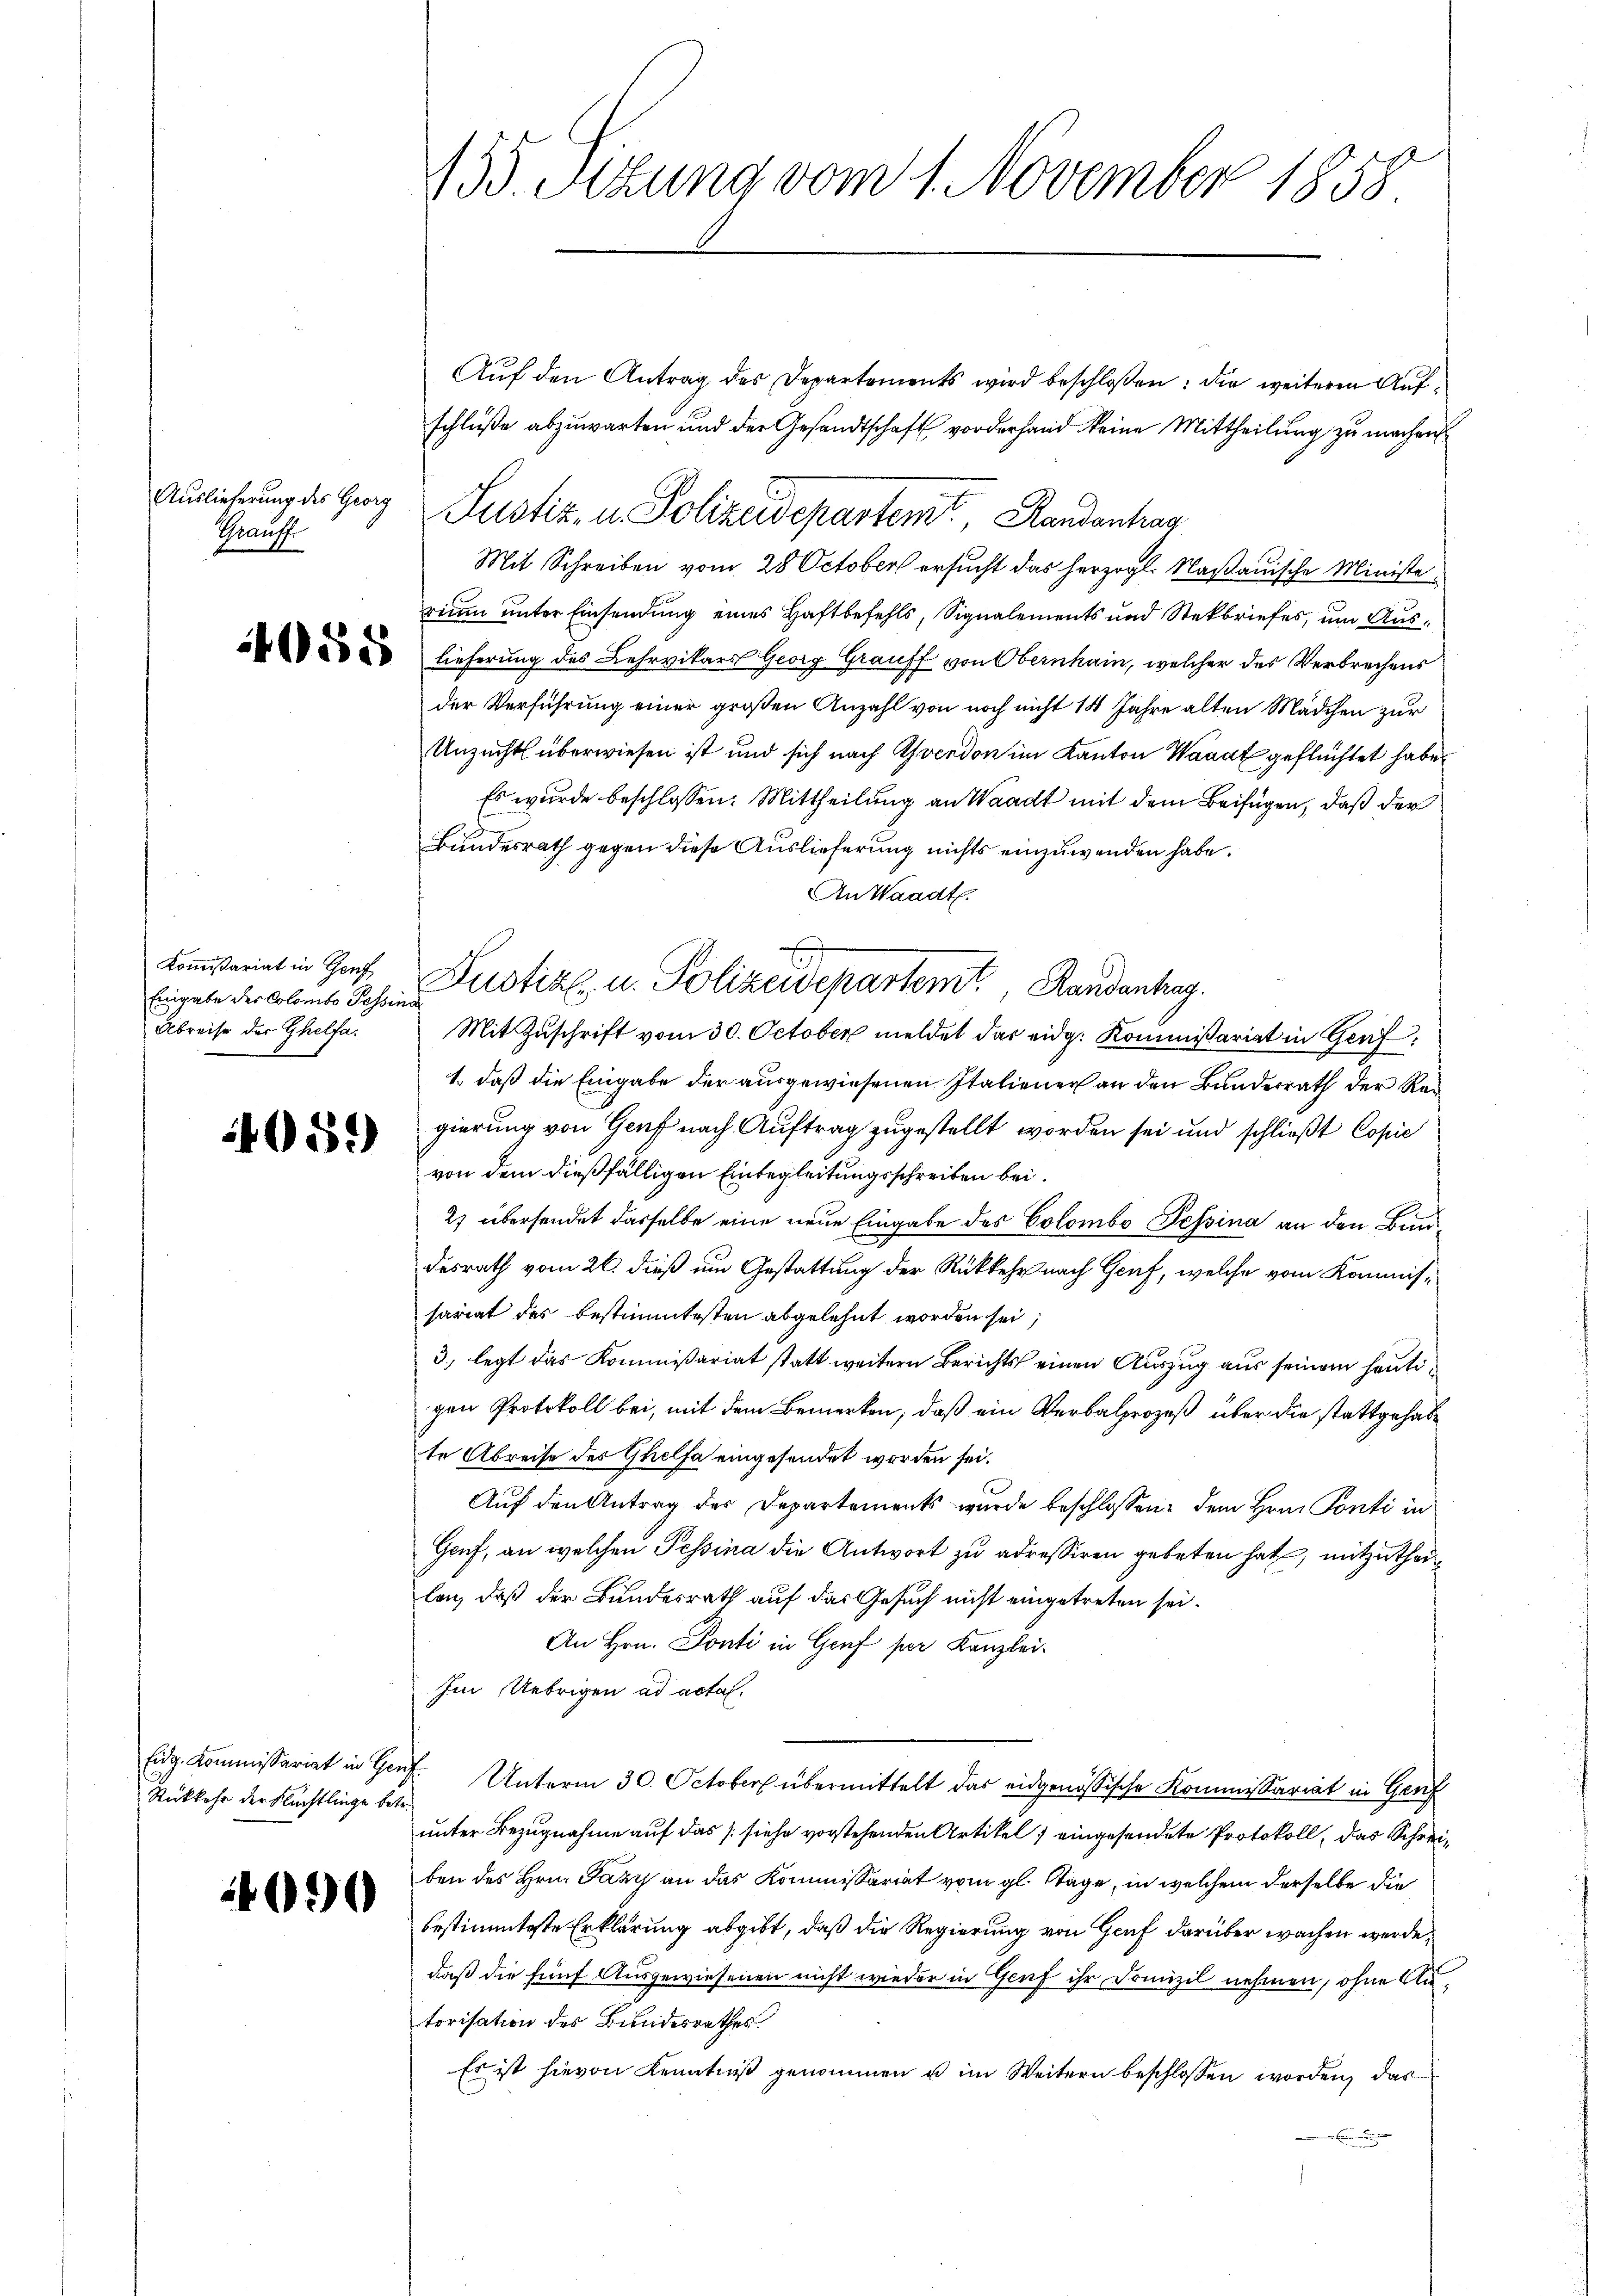
Auslieferung des Georg
Ghrauff

Eingabe des Colombo Tessina
Abreise der Ghelfa

05.)

Rückkehr der Flüchtlinge betr.

1090

Auf den Antrag des Departements wird beschloßen: die weiteren Aufschlüße abzuwarten und der Gesandtschaft vorderhand keine Mittheilung zu machen
Mit Schreiben vom 28 October ersucht das herzogl. Nasauische Ministe
rium unter Einsendung eines Haftbefehls, Signalements und Steckbriefes, um Aus¬
 lieferung des Lehrvikars Georg Grauff von Obernhain, welcher des Verbrechens
der Verführung einer großen Anzahl von noch nicht 14 Jahre alten Mädchen zur
Unzucht überwiesen ist und sich nach verdon im Kanton Waadt geflüchtet habe.
Es wurde beschlossen: Mittheilung an Waadt mit dem Beifügen, daß der
h
Bundesrath gegen diese Auslieferung nichts einzuwenden habe.
An Waadt.
Mit Zuschrift vom 30. October meldet das eidg. Kommissariat in Genf,
1., daß die Eingabe der ausgewiesenen Italiener an den Bundesrath der Regierung von Genf nach Auftrag zugestellt worden sei und schließt Copie
von dem dießfälligen Einbegleitungsschreiben bei.
2) übersendet dasselbe eine neue Eingabe des Colombo Tessina an den Bundesrath vom 26. dieß um Gestattung der Rückkehr nach Genf, welche vom Kommissariat des bestimmtesten abgelehnt worden sei;
3. legt das Kommißariat statt weitern Berichts einen Auszug aus seinem heutigen Protokoll bei, mit dem Bemerken, daß ein Verbalprozeß über die stattgehabte Abreise des Ghelfe eingesendet worden sei.
Auf den Antrag des Departements wurde beschlossen: dem Hrn. Ponti in
Gauf, an welchen Tessina die Antwort zu adressiren gebeten hat, mitzuthei
lan, daß der Bundesrath auf das Gesuch nicht eingetreten sei.
An Hrn. Ponti in Graf per Kanzlei.
Im Uebrigen ad acta.
Eidg. Kommissariat in Genf. Unterm 30. October übermittelt das eidgenössische Kommissariat in Genf
unter Bezugnahme auf das [siehe vorstehenden Artikel; eingesendete Protokoll, das Schreiben des Hrn. Pazy an das Kommissariat vom gl. Tage, in welchem derselbe die
bestimmteste Erklärung abgibt, daß die Regierung von Genf darüber wachen werde,
daß die fünf Ausgewiesenen nicht wieder in Genf ihr Domizil nehmen, ohne Autorisation des Bundesrathes
Es ist hievon Kenntniß genommen u im Weitern beschlossen worden, das

155. Sitzung vom 1. November 1858

Justiz, u. Polizeidepartemt Landenhag

Komariat in Hof Justiz- u. Polizeidepartem Randenhag